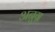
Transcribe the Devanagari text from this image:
अनुग्र